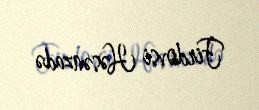
Firdovsi Həsənzadə